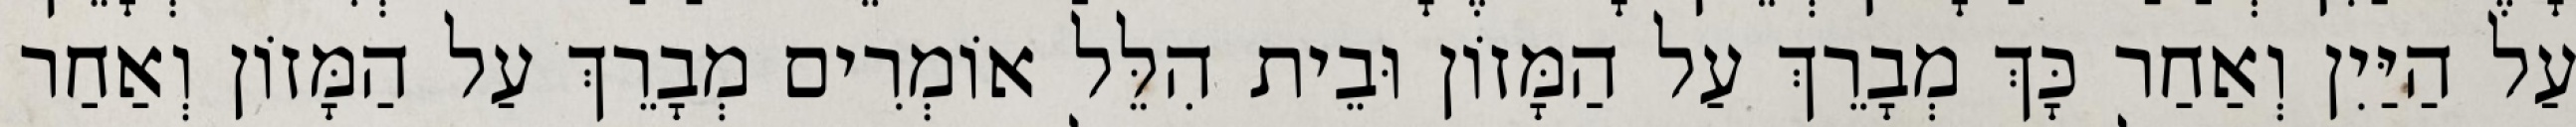
עַל הַיַּיִן וְאַחַר כָּךְ מְבָרֵךְ עַל הַמָּזוֹן וּבֵית הִלֵּל אוֹמְרִים מְבָרֵךְ עַל הַמָּזוֹן וְאַחַר